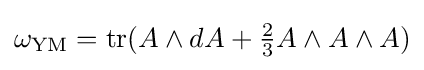
\omega _{\text{YM}}={\text{tr}}(A\wedge dA+{\tfrac {2}{3}}A\wedge A\wedge A)